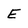
Character: E